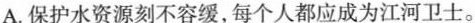
A.保护水资源刻不容缓，每个人都应成为江河卫士。